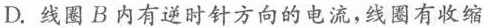
D.线圈B内有逆时针方向的电流，线圈有收缩